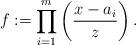
LaTeX: \begin{align*} f:= \prod_{i=1}^m \left(\frac{x-a_i}{z}\right). \end{align*}